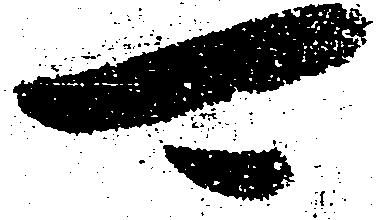
可